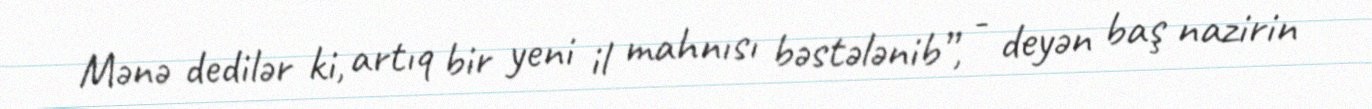
Mənə dedilər ki, artıq bir yeni il mahnısı bəstələnib”, - deyən baş nazirin